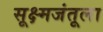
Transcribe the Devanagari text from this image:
सूक्ष्मजंतूला